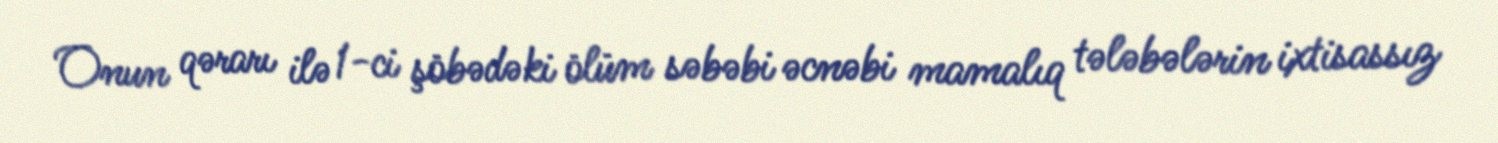
Onun qərarı ilə 1-ci şöbədəki ölüm səbəbi əcnəbi mamalıq tələbələrin ixtisassız